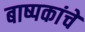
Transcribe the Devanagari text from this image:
बाष्पकांचे